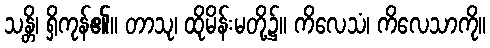
သန္တိ၊ ရှိကုန်၏။ တာသု၊ ထိုမိန်းမတို့၌။ ကိလေသံ၊ ကိလေသာကို။